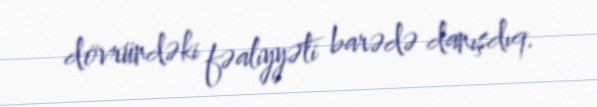
dövründəki fəaliyyəti barədə danışdıq.